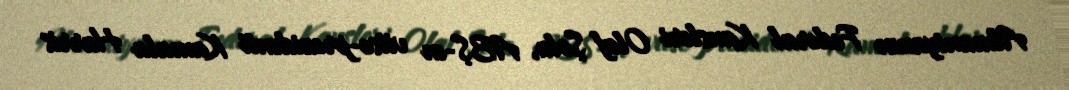
Almaniyanın Federal Kansleri Olaf Şolz, ABŞ-ın vitse-prezidenti Kamala Harris